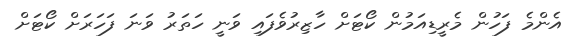
އެންމެ ފަހުން މެރީޑިއަމުން ކޯޓަށް ހާޒިރުވެފައި ވަނީ ހަތަރު ވަނަ ފަހަރަށް ކޯޓަށް